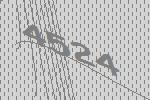
4524